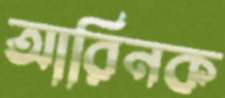
আরিনক